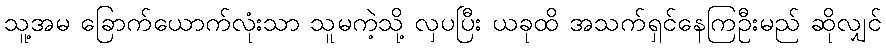
သူ့အမ ခြောက်ယောက်လုံးသာ သူမကဲ့သို့ လှပပြီး ယခုထိ အသက်ရှင်နေကြဦးမည် ဆိုလျှင်